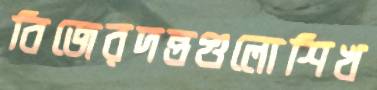
বিজেরদন্তগুলোশিখ